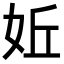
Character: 㚱